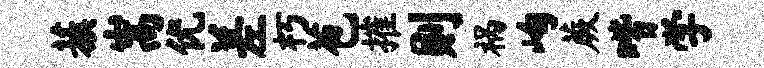
蔟嵩优差朽苞摧则祸峋蕨喈学